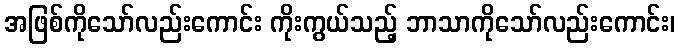
အဖြစ်ကိုသော်လည်းကောင်း ကိုးကွယ်သည့် ဘာသာကိုသော်လည်းကောင်း၊